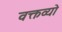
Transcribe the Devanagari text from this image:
वक्तव्यो